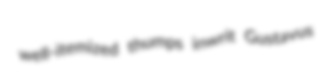
well-itemized thumps inwrit Gustavus